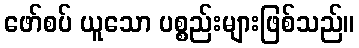
ဖော်စပ် ယူသော ပစ္စည်းများဖြစ်သည်။